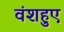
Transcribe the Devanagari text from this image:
वंशहुए